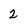
Character: 2